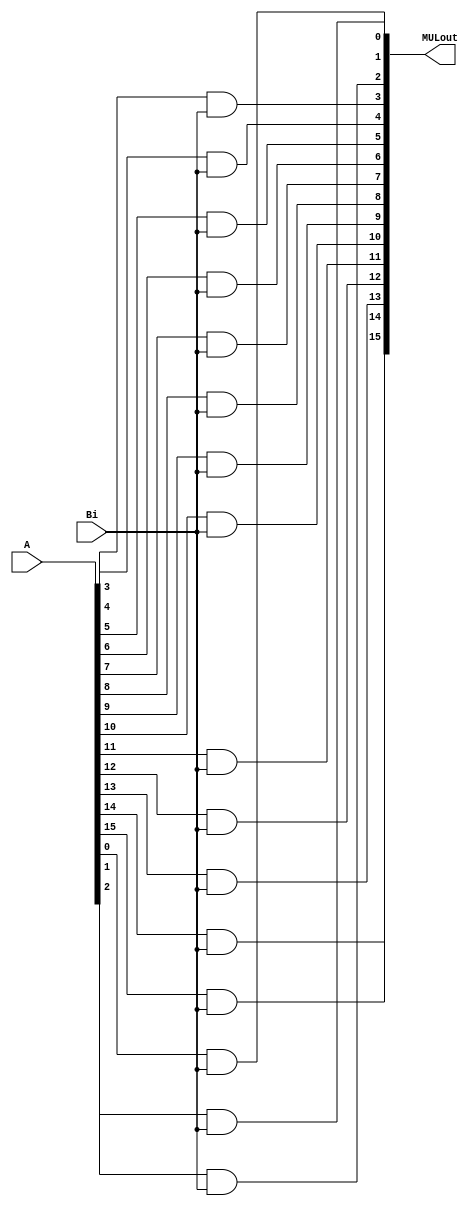
`timescale 1ns / 1ps
module MultiplierUnit(A, Bi, MULout);
    input [15:0] A;
    input Bi;
    output [15:0] MULout;

    and(MULout[0], A[0], Bi);
    and(MULout[1], A[1], Bi);
    and(MULout[2], A[2], Bi);
    and(MULout[3], A[3], Bi);

    and(MULout[4], A[4], Bi);
    and(MULout[5], A[5], Bi);
    and(MULout[6], A[6], Bi);
    and(MULout[7], A[7], Bi);

    and(MULout[8], A[8], Bi);
    and(MULout[9], A[9], Bi);
    and(MULout[10], A[10], Bi);
    and(MULout[11], A[11], Bi);
    
    and(MULout[12], A[12], Bi);
    and(MULout[13], A[13], Bi);
    and(MULout[14], A[14], Bi);
    and(MULout[15], A[15], Bi);
endmodule